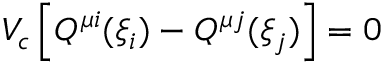
V _ { c } \left[ Q ^ { \mu i } ( \xi _ { i } ) - Q ^ { \mu j } ( \xi _ { j } ) \right] = 0